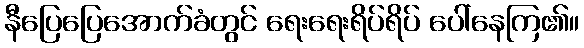
နီပြေပြေအောက်ခံတွင် ရေးရေးရိပ်ရိပ် ပေါ်နေကြ၏။